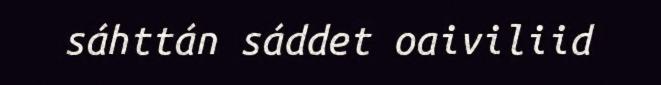
sáhttán sáddet oaiviliid